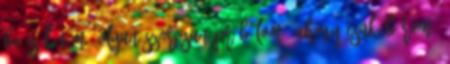
be is kötöm, olyan szorosan próbálom, ahogy csak bírom.